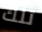
تلك